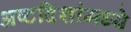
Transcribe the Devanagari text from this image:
अष्टदिशांमध्ये